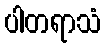
ပါတရာသံ